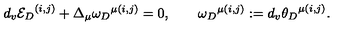
d _ { v } { { \cal E } _ { D } } ^ { ( i , j ) } + \Delta _ { \mu } { \omega _ { D } } ^ { \mu ( i , j ) } = 0 , \qquad { \omega _ { D } } ^ { \mu ( i , j ) } : = d _ { v } { \theta _ { D } } ^ { \mu ( i , j ) } .